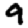
Digit: 9